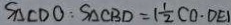
S _ { \Delta C D O } : S _ { \Delta C B D } = 1 \frac { 1 } { 2 } C O \cdot D E 1